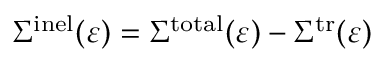
\Sigma ^ { \mathrm { i n e l } } ( \varepsilon ) = \Sigma ^ { \mathrm { t o t a l } } ( \varepsilon ) - \Sigma ^ { \mathrm { t r } } ( \varepsilon )